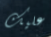
عليك